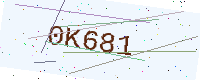
Text: 0K681